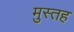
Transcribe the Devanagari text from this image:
मुस्तह